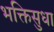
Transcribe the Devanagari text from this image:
भक्तिसुधा